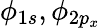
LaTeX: \phi_{1s},\phi_{2p_{x}}